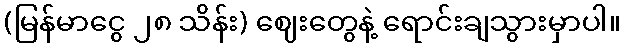
(မြန်မာငွေ ၂၈ သိန်း) ဈေးတွေနဲ့ ရောင်းချသွားမှာပါ။